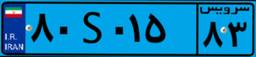
۶۱S۹۵۲۰۶